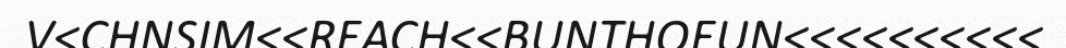
V<CHNSIM<<REACH<<BUNTHOEUN<<<<<<<<<<